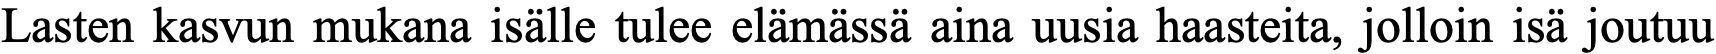
Lasten kasvun mukana isälle tulee elämässä aina uusia haasteita, jolloin isä joutuu